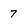
Character: 7